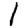
Digit: 1